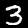
Digit: 3